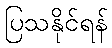
ပြသနိုင်ရန်